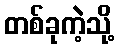
တစ်ခုကဲ့သို့